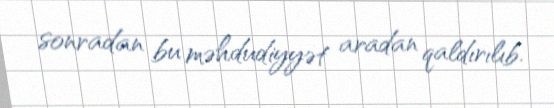
sonradan bu məhdudiyyət aradan qaldırılıb.